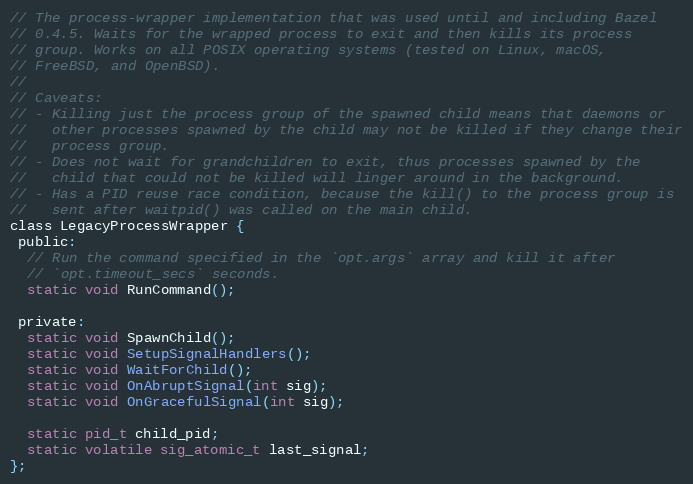
Language: C
// The process-wrapper implementation that was used until and including Bazel
// 0.4.5. Waits for the wrapped process to exit and then kills its process
// group. Works on all POSIX operating systems (tested on Linux, macOS,
// FreeBSD, and OpenBSD).
//
// Caveats:
// - Killing just the process group of the spawned child means that daemons or
//   other processes spawned by the child may not be killed if they change their
//   process group.
// - Does not wait for grandchildren to exit, thus processes spawned by the
//   child that could not be killed will linger around in the background.
// - Has a PID reuse race condition, because the kill() to the process group is
//   sent after waitpid() was called on the main child.
class LegacyProcessWrapper {
 public:
  // Run the command specified in the `opt.args` array and kill it after
  // `opt.timeout_secs` seconds.
  static void RunCommand();

 private:
  static void SpawnChild();
  static void SetupSignalHandlers();
  static void WaitForChild();
  static void OnAbruptSignal(int sig);
  static void OnGracefulSignal(int sig);

  static pid_t child_pid;
  static volatile sig_atomic_t last_signal;
};